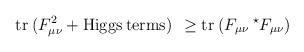
LaTeX: \begin{align*}\mbox{tr}\: (F_{\mu \nu}^2 +{\rm Higgs\: terms})\: \: \ge\mbox{tr}\: (F_{\mu \nu}\: ^{\star} F_{\mu \nu})\end{align*}